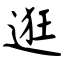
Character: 逛